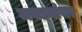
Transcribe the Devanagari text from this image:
जबड्यांवर